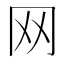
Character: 网